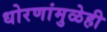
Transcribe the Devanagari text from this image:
धोरणांमुळेही